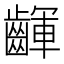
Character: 齳